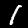
Label: 1